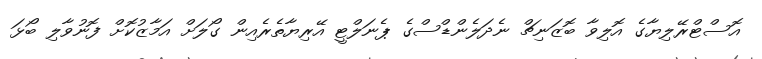
އޮސްޓްރޭލިޔާގެ އޮލިވާ ބޮޒަނިޗް ނެދަލެންޑްސްގެ ޕެނަލްޓީ އޭރިޔާތެރެއިން ގޯލަށް އަމާޒުކޮށް ފޮނުވާލި ބޯޅަ